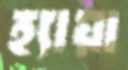
হ্যায়া